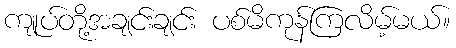
ကျုပ်တို့အချင်းချင်း ပစ်မိကုန်ကြလိမ့်မယ်။